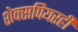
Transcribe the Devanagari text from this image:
शेक्सपियरही